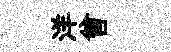
洋曾